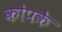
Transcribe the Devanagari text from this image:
कोपके